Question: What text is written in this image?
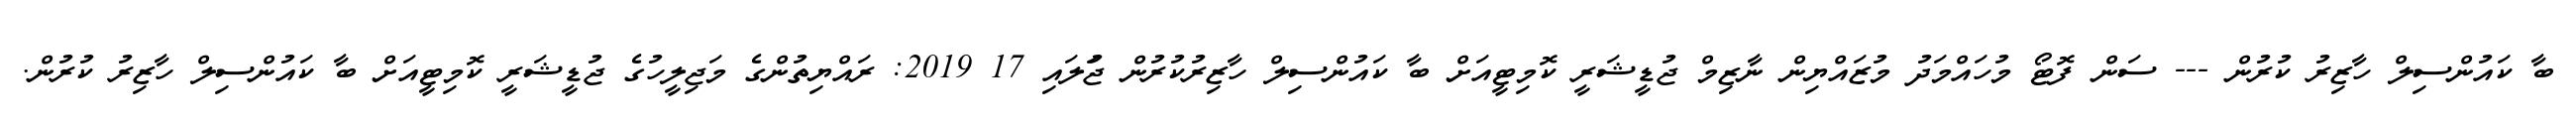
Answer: ބާ ކައުންސިލް ހާޒިރު ކުރުން --- ސަން ފޮޓޯ މުހައްމަދު މުޒައްޔިން ނާޒިމް ޖުޑީޝަރީ ކޮމިޓީއަށް ބާ ކައުންސިލް ހާޒިރުކުރުން ޖުަލައި 17 2019: ރައްޔިތުންގެ މަޖިލީހުގެ ޖުޑީޝަރީ ކޮމިޓީއަށް ބާ ކައުންސިލް ހާޒިރު ކުރުން.